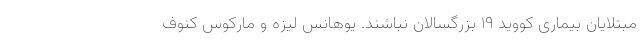
مبتلایان بیماری کووید ۱۹ بزرگسالان نباشند. یوهانس لیزه و مارکوس کنوف